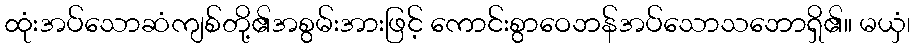
ထုံးအပ်သောဆံကျစ်တို့၏အစွမ်းအားဖြင့် ကောင်းစွာဝေဘန်အပ်သောသဘောရှိ၏။ မယှံ၊